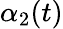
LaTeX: \alpha_{2}(t)